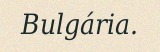
Bulgária.